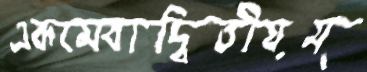
একমেবাদ্বিতীয়ম্‌